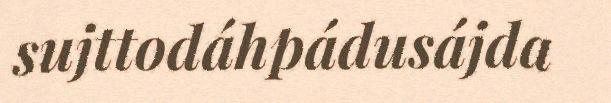
sujttodáhpádusájda